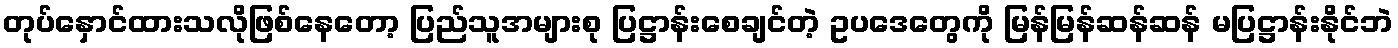
တုပ်နှောင်ထားသလိုဖြစ်နေတော့ ပြည်သူအများစု ပြဋ္ဌာန်းစေချင်တဲ့ ဥပဒေတွေကို မြန်မြန်ဆန်ဆန် မပြဋ္ဌာန်းနိုင်ဘဲ